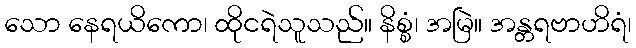
သော နေရယိကော၊ ထိုငရဲသူသည်။ နိစ္စံ၊ အမြဲ။ အန္တရဗာဟိရံ၊